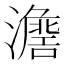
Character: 𱩷